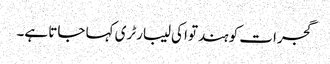
گجرات کو ہندتوا کی لیبارٹری کہا جاتا ہے۔